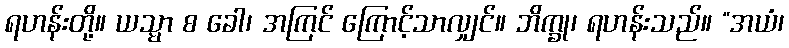
ရဟန်းတို့။ ယသ္မာ စ ခေါ၊ အကြင် ကြောင့်သာလျှင်။ ဘိက္ခု၊ ရဟန်းသည်။ “အယံ၊